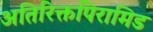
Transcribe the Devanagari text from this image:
अतिरिक्तपिरामिड